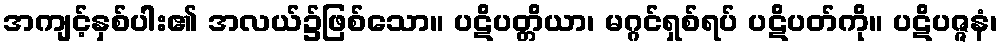
အကျင့်နှစ်ပါး၏ အလယ်၌ဖြစ်သော။ ပဋိပတ္တိယာ၊ မဂ္ဂင်ရှစ်ရပ် ပဋိပတ်ကို။ ပဋိပဇ္ဇနံ၊